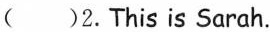
()2.This is Sarah.